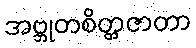
အဗ္ဘုတစိတ္တဇာတာ